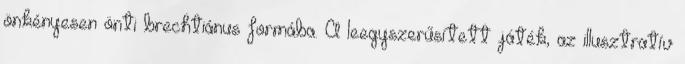
önkényesen önti brechtiánus formába. A leegyszerűsített játék, az illusztratív